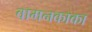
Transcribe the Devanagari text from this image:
वामनकाका